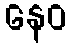
နေဝ